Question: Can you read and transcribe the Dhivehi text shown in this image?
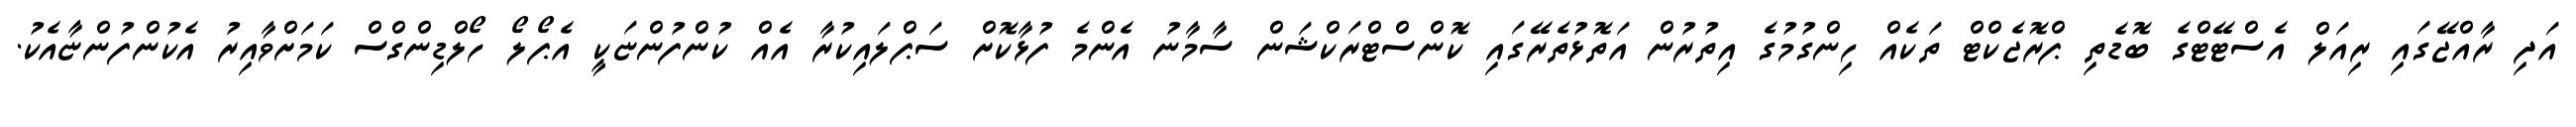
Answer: އަދި ރާއްޖޭގައި ރިއަލް އެސްޓޭޓްގެ ބޮޑެތި ޕްރޮޖެކްޓް ތަކެއް ހިންގުމުގެ އިތުރުން އަތޮޅުތެރޭގައި ކޮންސްޓްރަކްޝަން ސާމާނު އެންމެ ފުޅާކޮށް ސަޕްލައިކުރާ އެއް ކުންފުންޏަކީ އެޕޯލޯ ހޯލްޑިންގްސް ކަމަށްވާއިރު އެކުންފުންޏާއެކު.